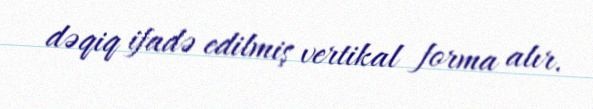
dəqiq ifadə edilmiş vertikal forma alır.